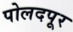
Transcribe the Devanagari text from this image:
पोलदपूर